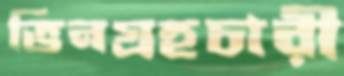
ভিনগ্রহচারী